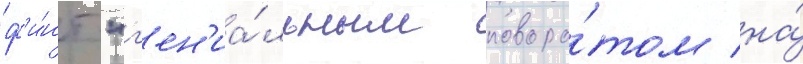
ф'и́нт "г'ен'иа́льным поворо́том на́